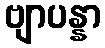
ဗျာပန္နာ